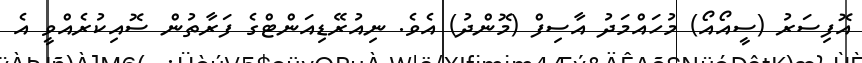
އޮފިސަރު (ސީއޯއޯ) މުހައްމަދު އާސިފް (މޮންދު) އެެވެ. ނިއުރޭޑިއަންޓްގެ ފަރާތުން ސޮއިކުރެއްވީ އެ